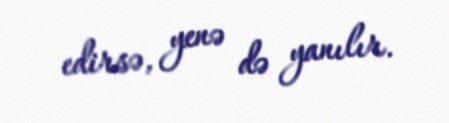
edirsə, yenə də yanılır.